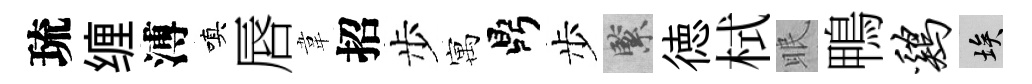
琉缠溥嗔唇韋招步寓鼎步緊徳栻眠鴨鸡埃